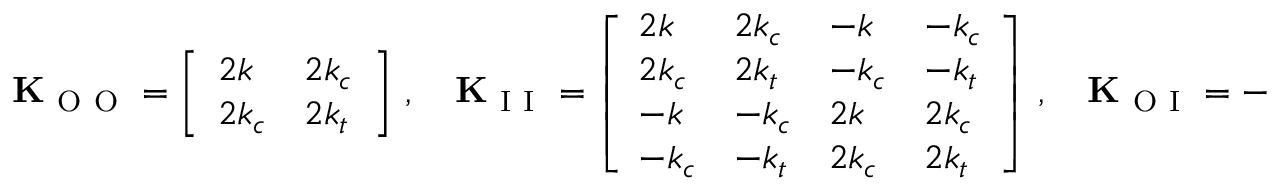
\mathbf { K } _ { \mathrm { ~ O ~ O ~ } } = \left[ \begin{array} { l l } { 2 k } & { 2 k _ { c } } \\ { 2 k _ { c } } & { 2 k _ { t } } \end{array} \right] \, , \quad \mathbf { K } _ { \mathrm { ~ I ~ I ~ } } = \left[ \begin{array} { l l l l } { 2 k } & { 2 k _ { c } } & { - k } & { - k _ { c } } \\ { 2 k _ { c } } & { 2 k _ { t } } & { - k _ { c } } & { - k _ { t } } \\ { - k } & { - k _ { c } } & { 2 k } & { 2 k _ { c } } \\ { - k _ { c } } & { - k _ { t } } & { 2 k _ { c } } & { 2 k _ { t } } \end{array} \right] \, , \quad \mathbf { K } _ { \mathrm { ~ O ~ I ~ } } = - \left[ \begin{array} { l l l l } { k } & { k _ { c } } & { k } & { k _ { c } } \\ { k _ { c } } & { k _ { t } } & { k _ { c } } & { k _ { t } } \end{array} \right] \, ,